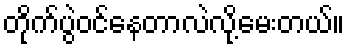
တိုက်ပွဲဝင်နေတာလဲလို့မေးတယ်။